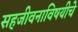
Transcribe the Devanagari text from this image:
सहजीवनाविषयीचे